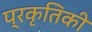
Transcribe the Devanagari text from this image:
प्रकृतिकी